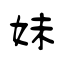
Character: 妹